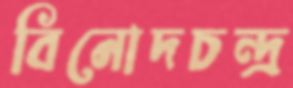
বিনোদচন্দ্র